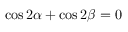
\cos 2 \alpha + \cos 2 \beta = 0